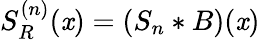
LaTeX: S_{R}^{(n)}(\mathit{x})=(S_{n}*B)(\mathit{x})